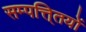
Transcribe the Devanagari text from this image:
सम्पत्ति्तयों